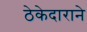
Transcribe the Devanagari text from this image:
ठेकेदाराने